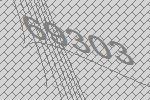
69303